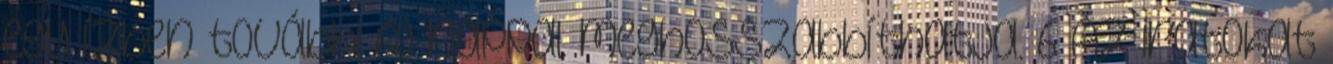
egy ízben további 60 nappal meghosszabbíthatja. 6 Az iratokat